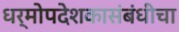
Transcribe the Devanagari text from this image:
धर्मोपदेशकासंबंधीचा